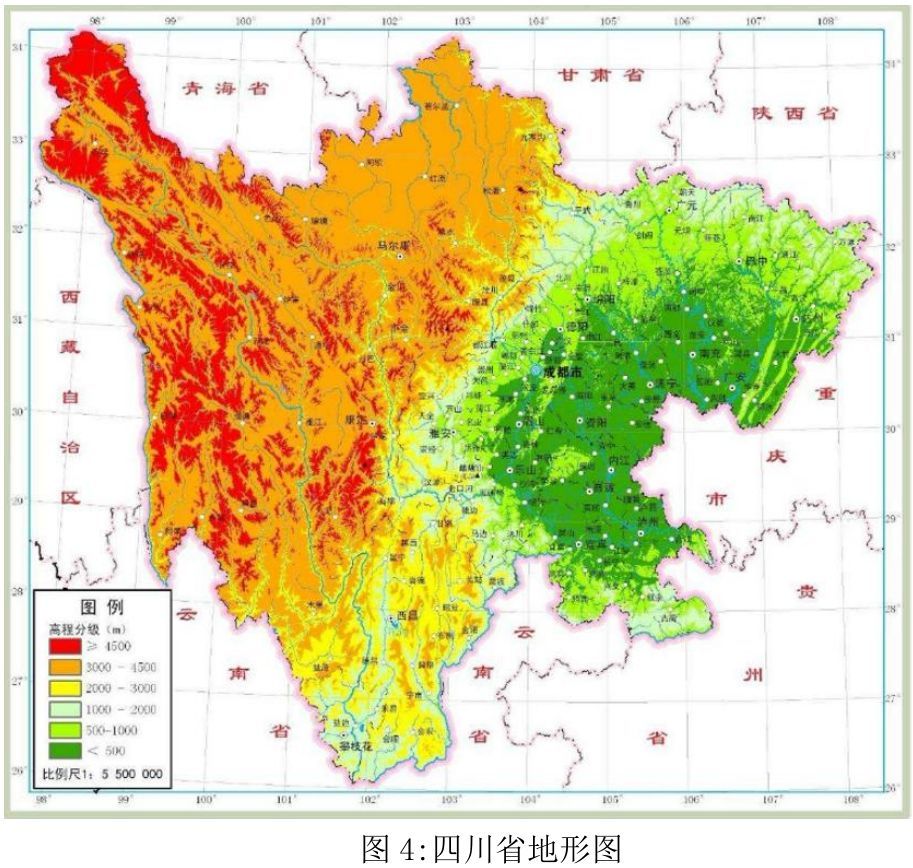
蜀天常夜雨，江槛已朝晴。